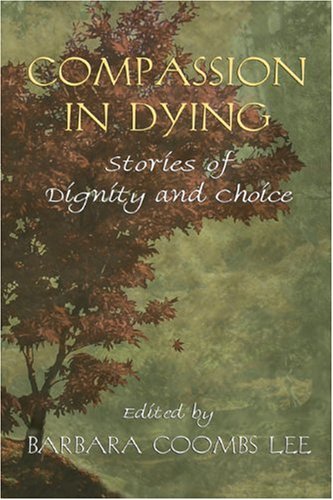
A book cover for Compassion in Dying: Stories of Dignity and Choice; Law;